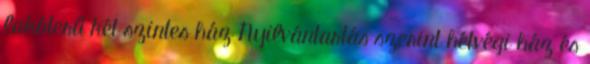
lakóterű két szintes ház Nyilvántartás szerint hétvégi ház és